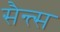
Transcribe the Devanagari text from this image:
सैन्त्स